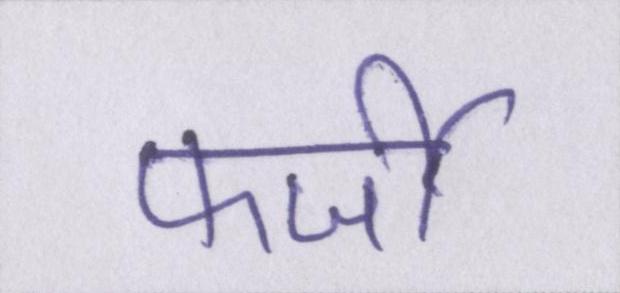
फर्जी